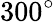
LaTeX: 300^{\circ}